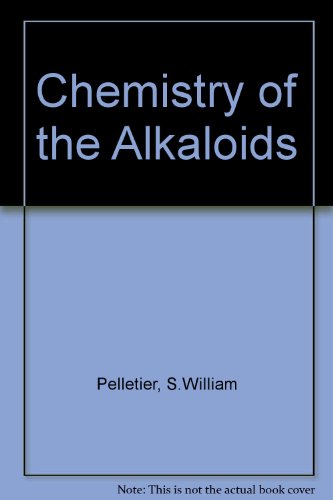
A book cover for Chemistry of the Alkaloids.; S. W., Pelletier; Science & Math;